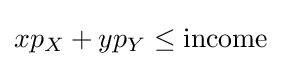
xp_{X}+yp_{Y}\leq \mathrm {income}